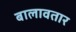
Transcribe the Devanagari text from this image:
बालावतार